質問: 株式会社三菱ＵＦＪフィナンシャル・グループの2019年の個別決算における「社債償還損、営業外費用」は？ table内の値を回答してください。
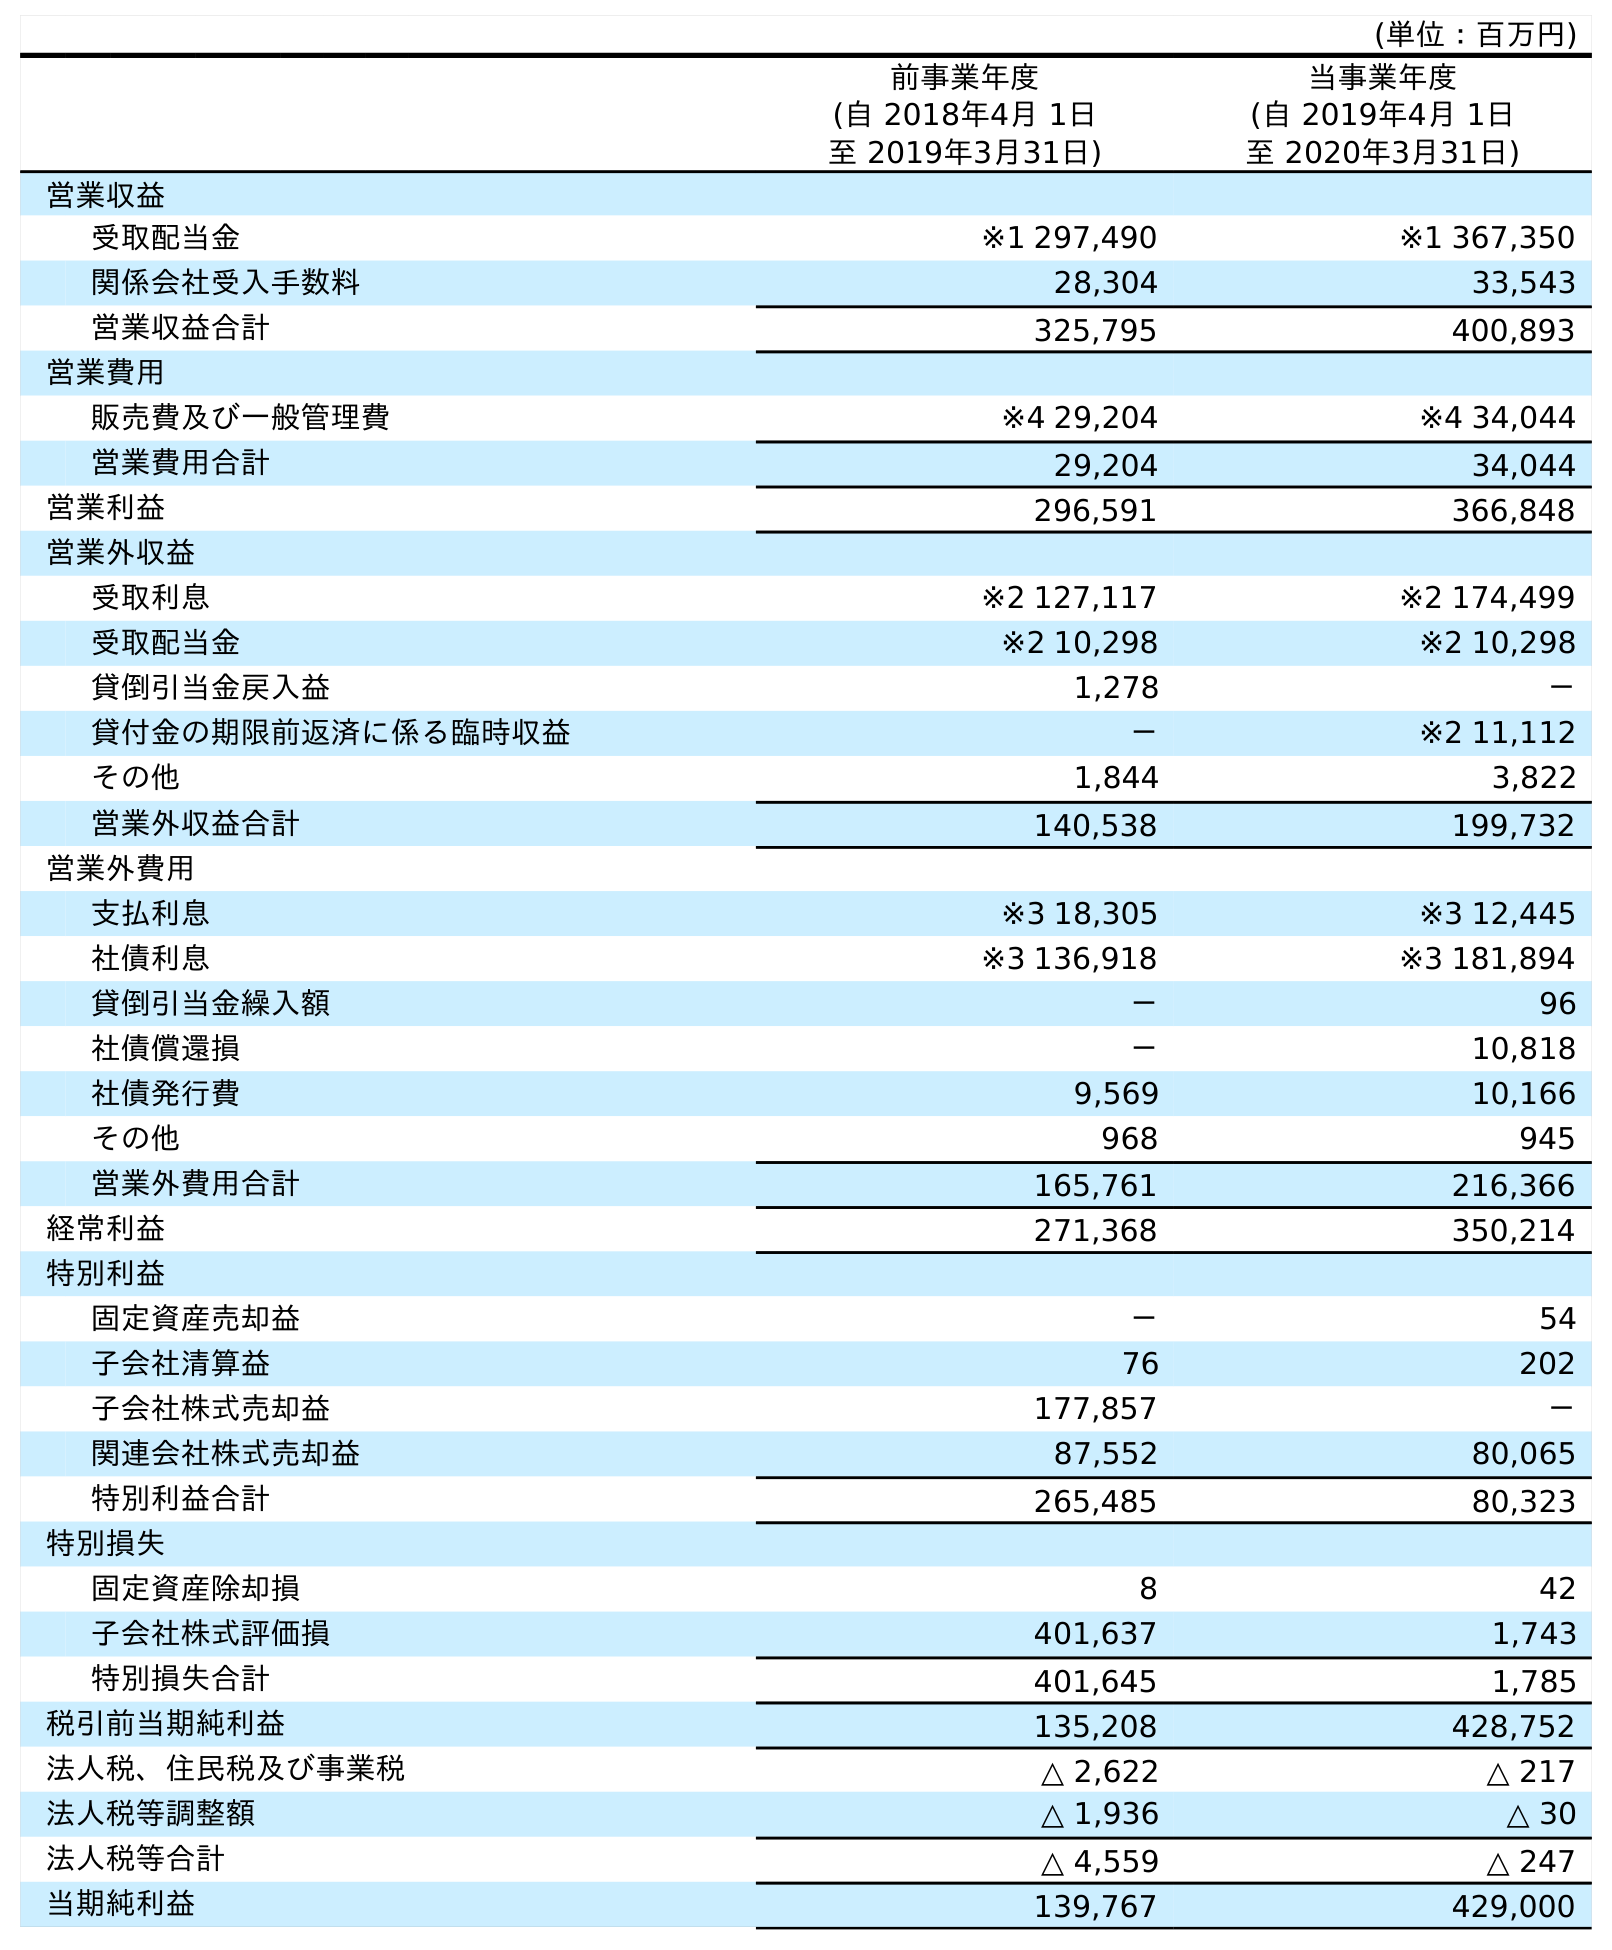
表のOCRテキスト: (単位：百万円) 前事業年度 (自 2018年4月 1日 至 2019年3月31日) 当事業年度 (自 2019年4月 1日 至 2020年3月31日) 営業収益 受取配当金 ※1 297,490 ※1 367,350 関係会社受入手数料 28,304 33,543 営業収益合計 325,795 400,893 営業費用 販売費及び一般管理費 ※4 29,204 ※4 34,044 営業費用合計 29,204 34,044 営業利益 296,591 366,848 営業外収益 受取利息 ※2 127,117 ※2 174,499 受取配当金 ※2 10,298 ※2 10,298 貸倒引当金戻入益 1,278 － 貸付金の期限前返済に係る臨時収益 － ※2 11,112 その他 1,844 3,822 営業外収益合計 140,538 199,732 営業外費用 支払利息 ※3 18,305 ※3 12,445 社債利息 ※3 136,918 ※3 181,894 貸倒引当金繰入額 － 96 社債償還損 － 10,818 社債発行費 9,569 10,166 その他 968 945 営業外費用合計 165,761 216,366 経常利益 271,368 350,214 特別利益 固定資産売却益 － 54 子会社清算益 76 202 子会社株式売却益 177,857 － 関連会社株式売却益 87,552 80,065 特別利益合計 265,485 80,323 特別損失 固定資産除却損 8 42 子会社株式評価損 401,637 1,743 特別損失合計 401,645 1,785 税引前当期純利益 135,208 428,752 法人税、住民税及び事業税 △ 2,622 △ 217 法人税等調整額 △ 1,936 △ 30 法人税等合計 △ 4,559 △ 247 当期純利益 139,767 429,000
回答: －